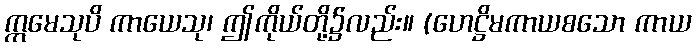
ဣမေသုပိ ကာယေသု၊ ဤကိုယ်တို့၌လည်း။ (ဟေဋ္ဌိမကာယစသော ကာယ